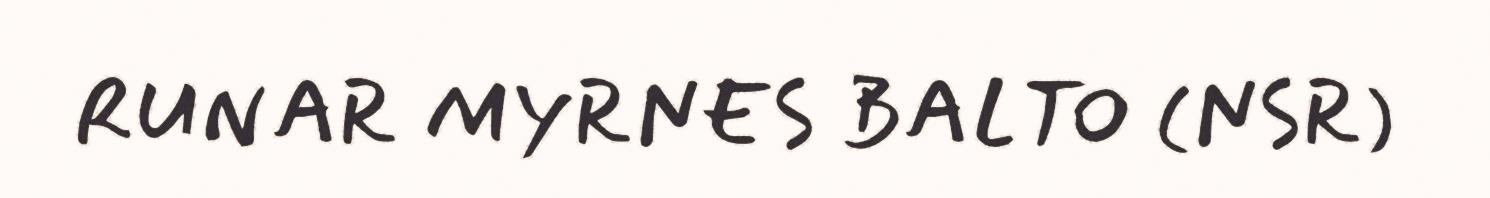
RUNAR MYRNES BALTO (NSR)